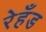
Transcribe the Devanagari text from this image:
रेहँड